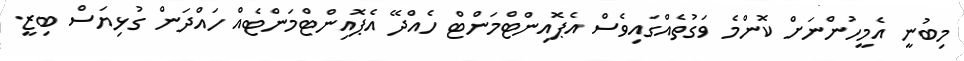
މިބުނީ އެމީހުންނަށް ކޮންމެ ވަގުތެއްގައިވެސް އެޕޮއިންޓްމަންޓް ހެއްދޭ އެޕޮއިންޓްމަންޓެއް ހައްދަން ގުޅިޔަސް ބިޒީ.